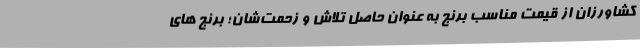
کشاورزان از قیمت مناسب برنج به عنوان حاصل تلاش و زحمت‌شان؛ برنج های